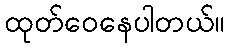
ထုတ်ဝေနေပါတယ်။